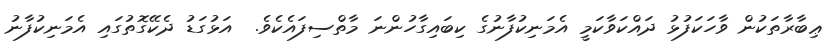
ޢިބާރާތަކުން ވާހަކަފުޅު ދައްކަވާކަމީ އެމަނިކުފާނުގެ ކިބައިގާހުންނަ މާތްސިފައެކެވެ.  އަޅުގަޑު ދެކޭގޮތުގައި އެމަނިކުފާނު